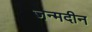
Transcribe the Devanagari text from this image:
जन्मदीन